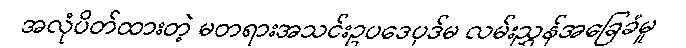
အလုံပိတ်ထားတဲ့ မတရားအသင်းဥပဒေပုဒ်မ လမ်းညွှန်အခြေခံမူ